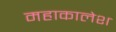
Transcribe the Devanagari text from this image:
महाकालेश